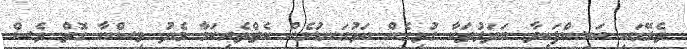
ތެރޭގައި އައިސްފައިވާ ބަދަލުތަކާ ގުޅިގެން އަޅުގަނޑުމެން ކެތްތެރިކަމާ މެދު ވިސްނާ ގޮތް ވެސް